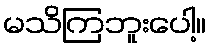
မသိကြဘူးပေါ့။